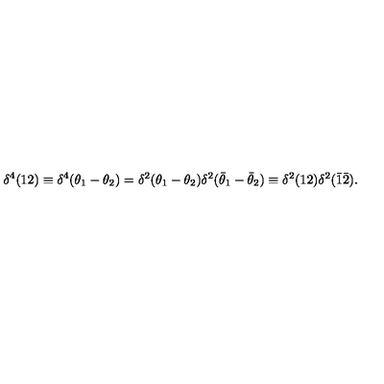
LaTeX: \delta ^ { 4 } ( 1 2 ) \equiv \delta ^ { 4 } ( \theta _ { 1 } - \theta _ { 2 } ) = \delta ^ { 2 } ( \theta _ { 1 } - \theta _ { 2 } ) \delta ^ { 2 } ( \bar { \theta } _ { 1 } - \bar { \theta } _ { 2 } ) \equiv \delta ^ { 2 } ( 1 2 ) \delta ^ { 2 } ( \bar { 1 } \bar { 2 } ) .